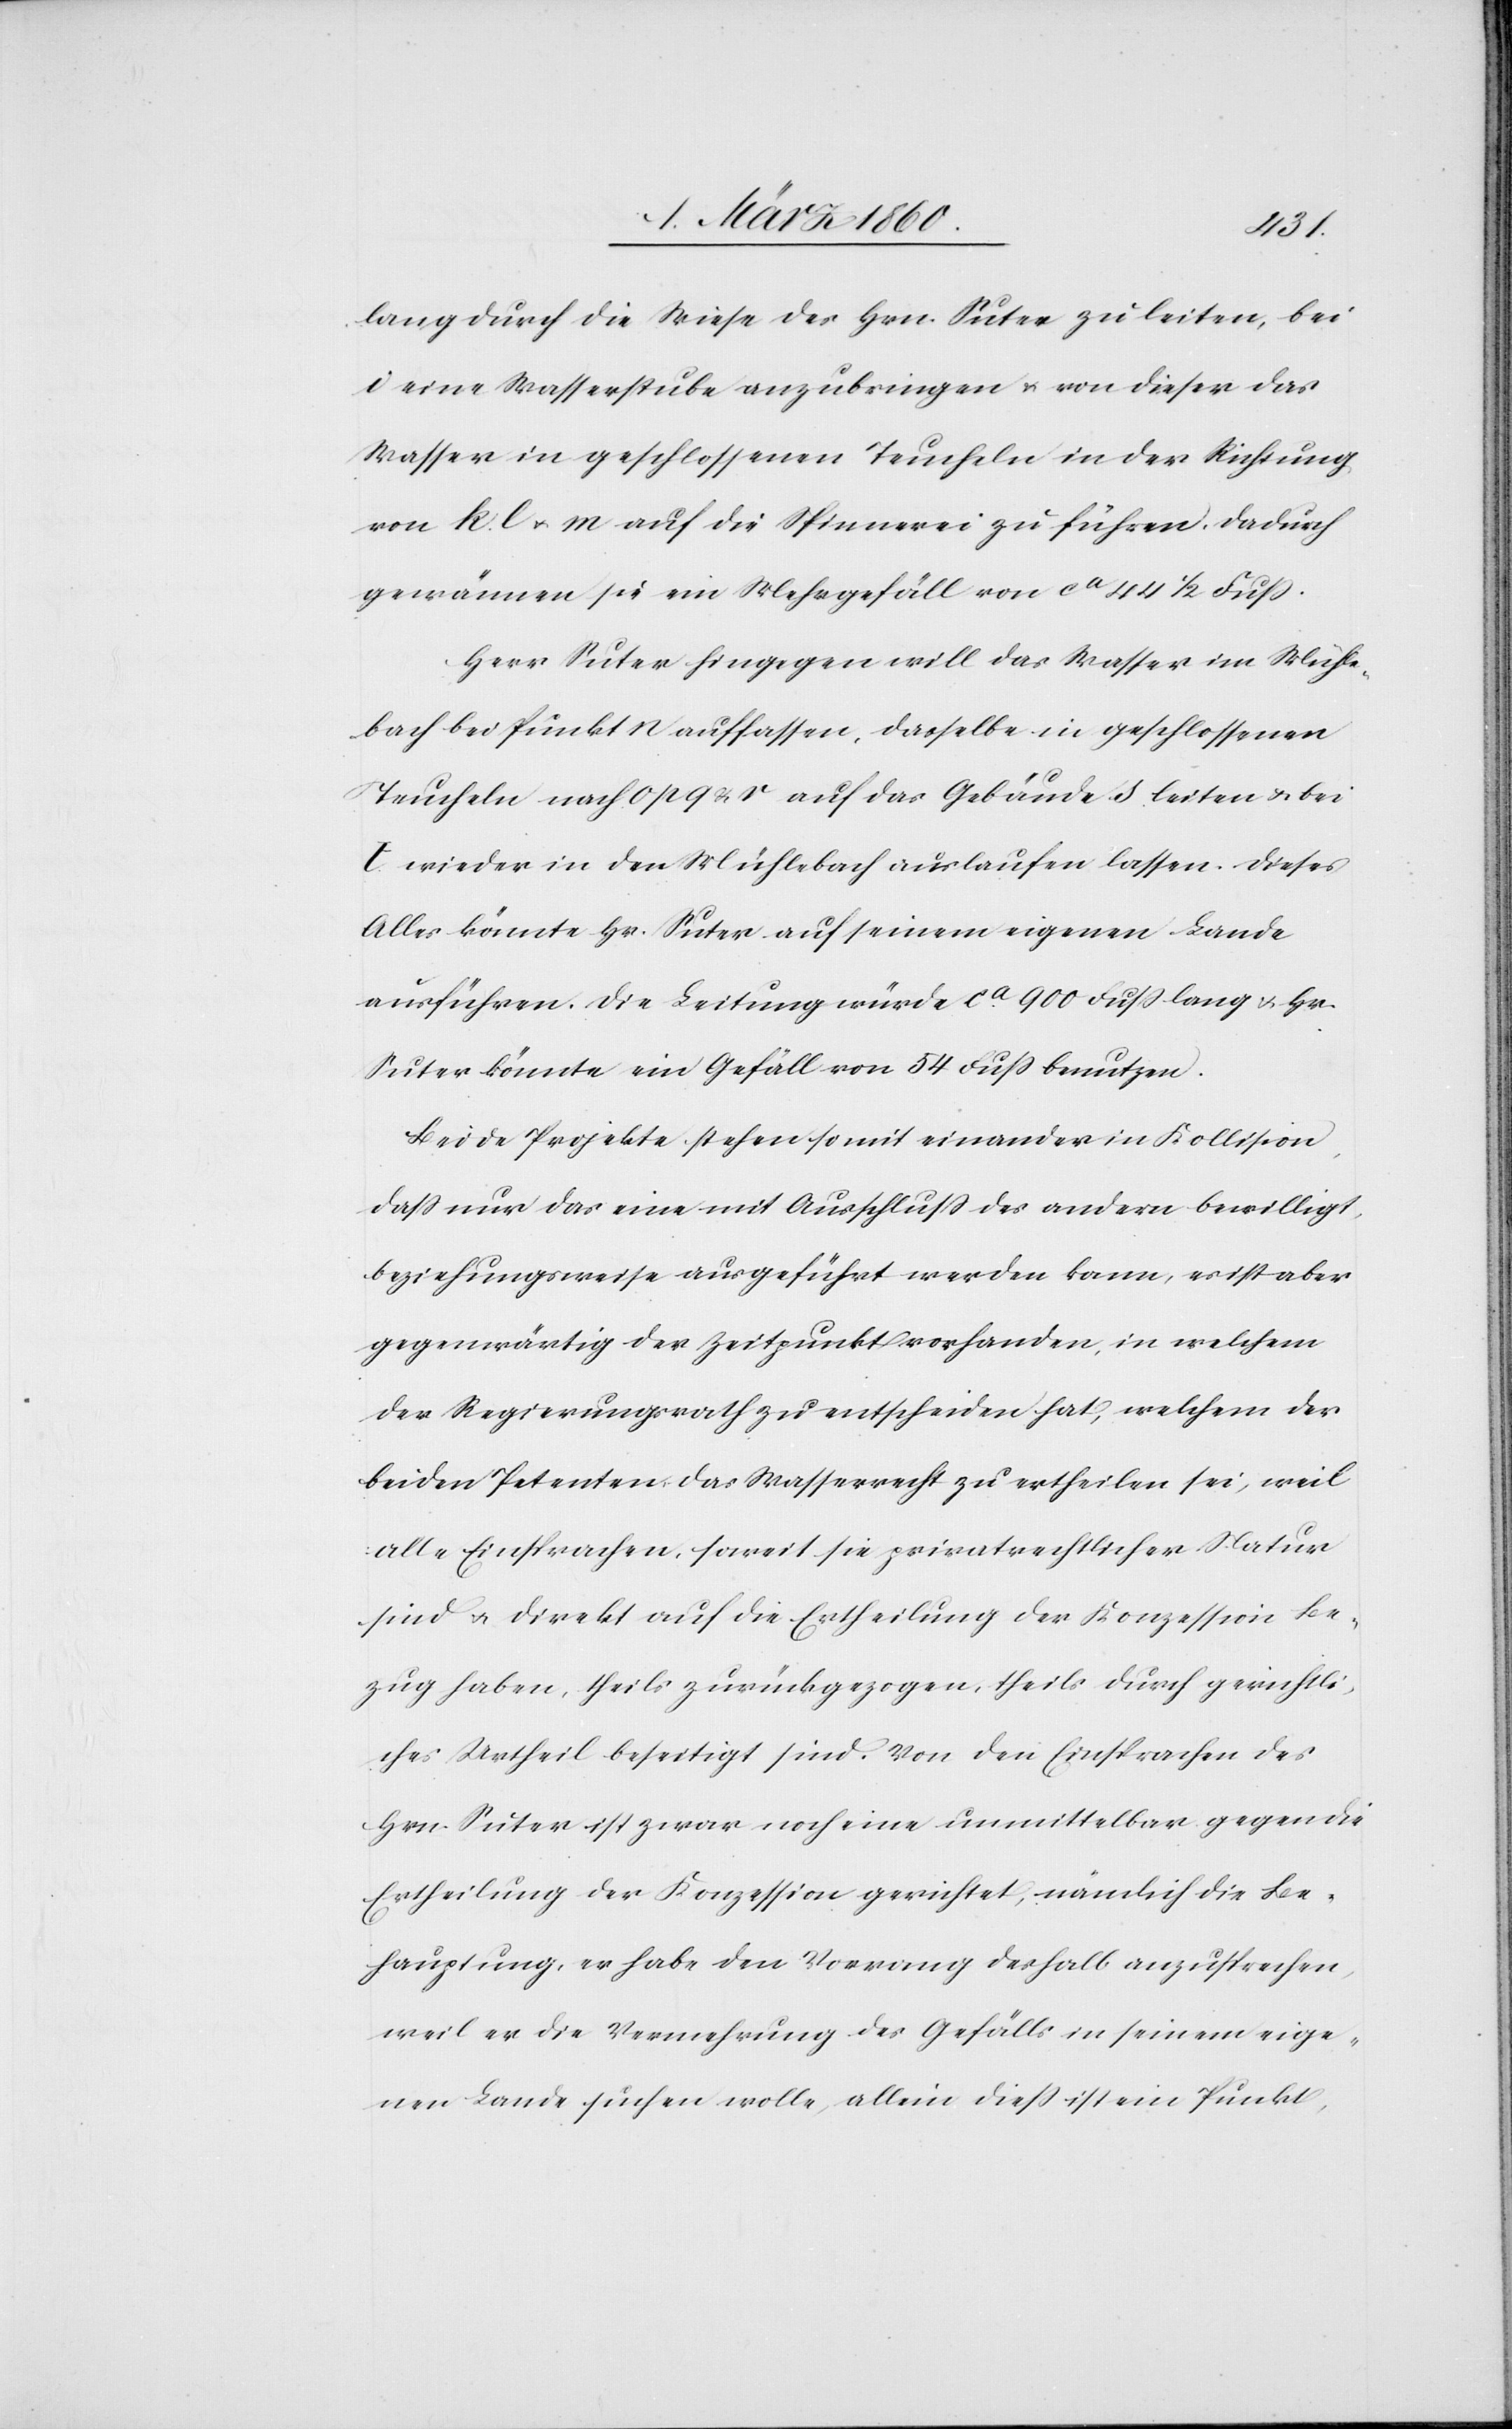
lang durch die Wiese des Hrn. Suter zu leiten, bei
i eine Wasserstube anzubringen u. von dieser das
Wasser in geschlossenen Teucheln in der Richtung
von k l u. m auf die Spinnerei zu führen. Dadurch
gewännen sie ein Mehrgefäll von ca 44 1/2 Fuss.
Herr Suter hingegen will das Wasser im Mühle¬
bach bei Punkt n auffassen, dasselbe in geschlossenen
Teucheln nach o p q u. r auf das Gebäude s leiten u. bei
t wieder in den Mühlebach auslaufen lassen. Dieses
Alles könnte Hr. Suter auf seinem eigenen Lande
ausführen. Die Leitung würde ca 900 Fuss lang u. Hr.
Suter könnte ein Gefäll von 54 Fuss benutzen.
Beide Projekte stehen so mit einander in Kollision,
dass nur das eine mit Ausschluss des andern bewilligt,
beziehungsweise ausgeführt werden kann, es ist aber
gegenwärtig der Zeitpunkt vorhanden, in welchem
der Regierungsrath zu entscheiden hat, welchem der
beiden Petenten das Wasserrecht zu ertheilen sei, weil
alle Einsprachen, soweit sie privatrechtlicher Natur
sind u. direkt auf die Ertheilung der Konzession Be¬
zug haben, theils zurückgezogen, theils durch gerichtli¬
ches Urtheil beseitigt sind. Von den Einsprachen des
Hrn. Suter ist zwar noch eine unmittelbar gegen die
Ertheilung der Konzession gerichtet, nämlich die Be¬
hauptung, er habe den Vorrang deshalb anzusprechen,
weil er die Vermehrung des Gefälls in seinem eige¬
nen Lande suchen wolle, allein diess ist ein Punkt,